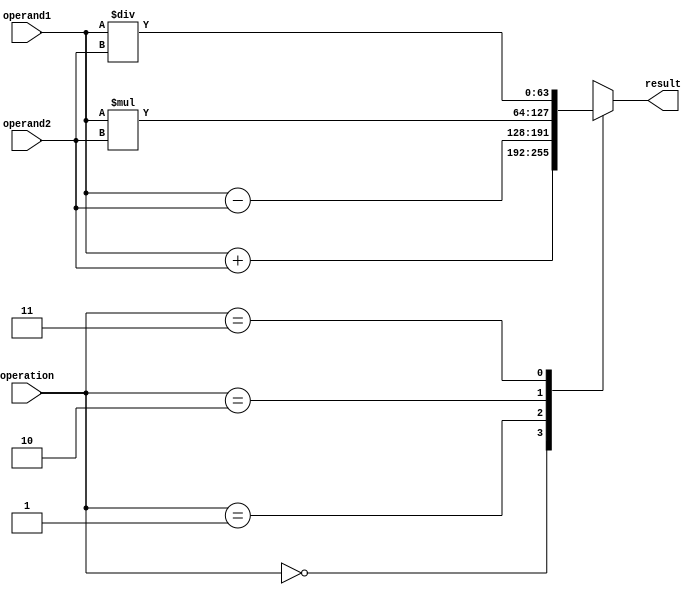
module double_precision_arithmetic_unit (
    input wire [63:0] operand1,
    input wire [63:0] operand2,
    input wire [2:0] operation, // 0: addition, 1: subtraction, 2: multiplication, 3: division
    output reg [63:0] result
);

always @* begin
    case(operation)
        3'b000: result = operand1 + operand2; // addition
        3'b001: result = operand1 - operand2; // subtraction
        3'b010: result = operand1 * operand2; // multiplication
        3'b011: result = operand1 / operand2; // division
        default: result = 64'hxxxxxxxxxxxxxxxx; // handle invalid operation
    endcase
end

endmodule